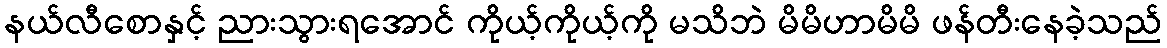
နယ်လီစောနှင့် ညားသွားရအောင် ကိုယ့်ကိုယ့်ကို မသိဘဲ မိမိဟာမိမိ ဖန်တီးနေခဲ့သည်